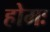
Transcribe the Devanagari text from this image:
होमः